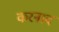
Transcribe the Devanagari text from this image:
करनाद